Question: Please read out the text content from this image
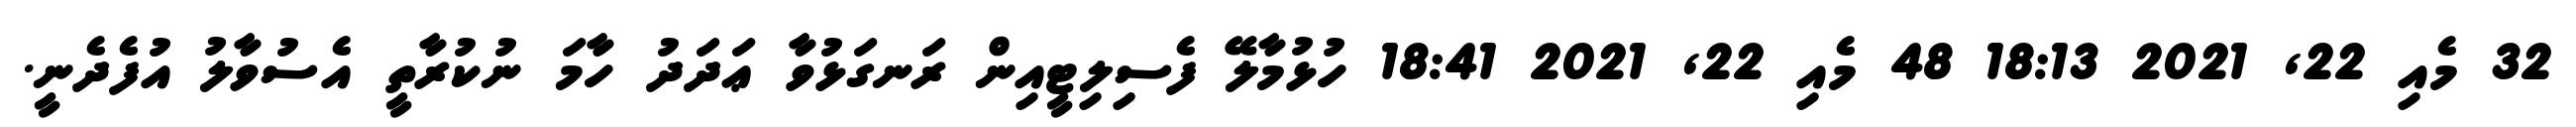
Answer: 32 މެއި 22, 2021 18:13 48 މެއި 22, 2021 18:41 ހުޅުމާލޭ ފެސިލިޓީއިން ރަނގަޅުވާ ޢަދަދު ހާމަ ނުކުރާތީ އެސުވާލު އުފެދެނީ.